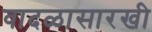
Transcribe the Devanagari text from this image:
वादळासारखी